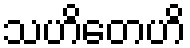
သဟိတေဟိ